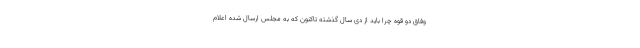
وفاق دو قوه چرا باید از دی سال گذشته تاکنون که به مجلس ارسال شده اعلام